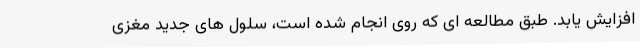
افزایش یابد. طبق مطالعه ای که روی انجام شده است، سلول های جدید مغزی